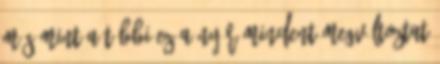
más mint a többi Ez a nyár mindent megváltoztat